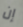
إن